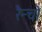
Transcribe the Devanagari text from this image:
रैन्चो